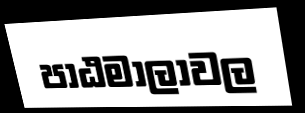
පාඨමාලාවල